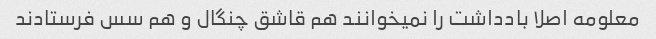
معلومه اصلا بادداشت را نمیخوانند هم قاشق چنگال و هم سس فرستادند‌